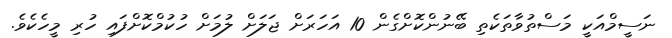
ނަސީމްއަކީ މަސްތުވާތަކެތި ބޭނުންކޮށްގެން 10 އަހަރަށް ޖަލަށް ލުމަށް ހުކުމްކޮށްފައި ހުރި މީހެކެވެ.